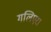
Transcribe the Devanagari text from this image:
गलिएरा